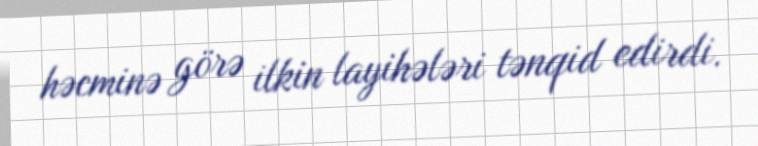
həcminə görə ilkin layihələri tənqid edirdi.